King Institute of Preventive Medicine Micro-Biological Section reports 1909-11
Year: 1909
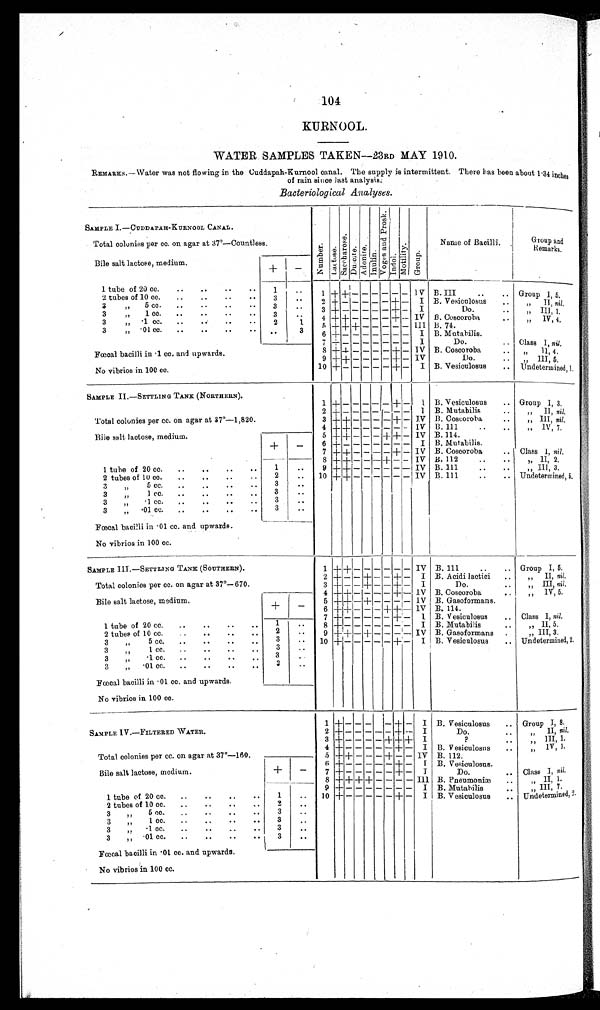
104
KURNOOL.
WATER SAMPLES TAKEN—23RD MAY 1910.
REMARKS.–Water was not flowing in the Cuddapah–Kurnool canal. The supply is intermittent. There has been about 1·34 inches
of rain since last analysis.
Bacteriological Analyses.
SAMPLE I.—CUDDAPAH–KURNOOL CANAL.
N u m b e r .
Lact ose.Sacchar ose.Dul ci t e.Adoni t e.Inulin.
V o g e s a n d P r o s k .
Indol.Mot i l i t y.Group.
Name of Bacilli.
Group and
Remarks.
Total colonies per cc. on agar at 37°—Countless.
Bile salt lactose, medium.
+
–
1 tube of 20 cc.
1
2 tubes of 10 cc.
3
1
+ +
– – – – – –
I V
B.III Group I, 5.
3 „ 5 cc.
3
2
+
– – – – –
+
–
I B. Vesiculosus
„ II, n i l .
3 „ 1 cc.
3
3
+
– – – – –
+
–
I
Do.
,, III, 1.
3 „ ·1 cc.
2
1
4
+ +
– – – –
+
–
I V B. Coscoroba
,, IV, 4.
3 „ ·01 cc.
3
5
+ + +
– – – – –
I I I B. 74.
6
+
– – – – – – –
I B. Mutabilis.
7
+
– – – – – – –
I
Do.
Class I, nil.
Fœcal bacilli in ·1 cc. and upwards.
8
+ +
– – – –
+
–
I V B. Coscoroba
,, II, 4.
9
+ +
– – – –
+
–
I V
Do.
„ III, 5.
No vibrios in 100 cc.
10
+
– – – – –
+
–
I B. Vesiculosus
Undetermined, 1.
SAMPLE II.—SETTLING TANK (NORTHERN).
1
+
– – – – –
+
–
I B. Vesiculosus
Group I, 3.
2
+
– – – – – – –
I B. Mutabilis
„ II, nil.
Total colonies per cc. on agar at 37°—1,820.
3
+
+
– – – –
+
–
I V B. Coscoroba
„ III, n i l
.
4
+
+
– – – – – –
I V B. 111
,, IV, 7.
Bile salt lactose, medium.
5
+
+
– – –
+ +
–
I V B. 114.
+
–
6
+
– – – – – – –
I B. Mutabilis.
7
+
+
– – – –
+
–
I V B. Coscoroba
Class I, nil.
8
+
+
– – –
+
– –
I V B. 112
„ II, 2.
1 tube of 20 cc.
1
9
+
+
– – – – – –
I V B. 111
„ III, 3.
2 tubes of 10 cc.
2
10
+ +
– – – – – –
I V B. 111
Undetermined, 5.
3 „ 5 cc.
3
3 „ 1 cc.
3
3 „ ·1 cc.
3
3 „ ·01 cc.
3
Fœcal bacilli in ·01 cc. and upwards.
No vibrios in 100 cc.
SAMPLE III.—SETTLING TANK (SOUTHERN).
1
+ +
– – – –
–
–
I V B. 111
Group I, 5.
2
+
– –
+
– –
+
–
I B. Acidi lactici
„ II, nil .
Total colonies per cc. on agar at 37°—670.
3
+
– –
+
– –
+
–
I
Do.
„ III, nil.
4
+ +
– – – –
+
–
I V B. Coscoroba
„ IV, 5.
Bile salt lactose, medium.
+
–
5
+ +
–
+
– – – –
I V B. Gasoformans.
6
+ +
– – –
+ +
–
I V B. 114.
7
+
– – – – –
+
–
I B. Vesiculosus
Class I, nil.
1 tube of 20 cc.
1
8
+
– – – – – – –
I B. Mutabilis
„ II, 5.
2 tubes of 10 cc.
2
9
+ +
–
+
– – – –
I V B. Gasoformans
„ III, 3.
3 „ 5 cc.
3
10
+
– – – – –
+
–
I B. Vesiculosus
Undetermined, 2.
3 „ 1 cc.
3
3 „ ·1 cc.
3
3 „ ·01 cc.
3
Fœcal bacilli in ·01 cc. and upwards.
No vibrios in 100 cc.
SAMPLE IV.—FILTERED WATER.
1
+
– – – – –
+
–
I B. Vesiculosus
Group I, 8.
2
+
– – – – –
+
–
I
Do.
„ II, nil.
3
+
– – – –
+ + +
I
?
„ III 1.
4
+
– – – – –
+
–
I B. Vesiculosus
„ IV, 1.
Total colonies per cc. on agar at 37°—160.
5
+ +
– – –
+
– – IV B. 112.
6
+
– – – – –
+
–
I B. Vesiculosus.
Bile salt lactose, medium.
+
–
7
+
– – – – –
+
–
I
Do.
Class I, nil.
8
+ + + +
– – – – III B. Pneumoniæ
„ II, 1.
9
+
– – – – – – –
I B. Mutabilis
„ III, 7.
1 tube of 20 cc.
1
10
+
– – – – –
+
–
I B. Vesiculosus
Undetermined, 2.
2 tubes of 10 cc.
2
3 „ 5 cc.
3
3 „ 1 cc.
3
3 „ ·1 cc.
3
3 „ ·01 cc.
3
Fœcal bacilli in ·01 cc. and upwards.
No vibrios in 100 cc.